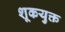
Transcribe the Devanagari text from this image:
शूकयुक्त